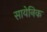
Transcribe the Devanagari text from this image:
सायेनिक